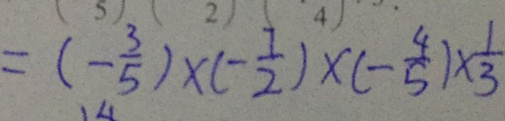
= ( - \frac { 3 } { 5 } ) \times ( - \frac { 7 } { 2 } ) \times ( - \frac { 4 } { 5 } ) \times \frac { 1 } { 3 }